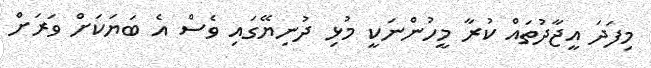
މިފަދަ އީޖާދުތައް ކުރާ މީހުންނަކީ މުޅި ދުނިޔޭގައި ވެސް އެ ބަޔަކަށް ވަރަށް